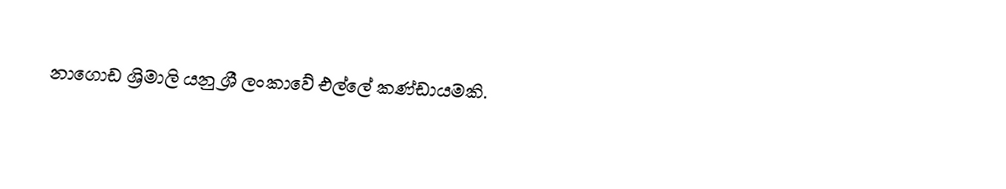
නාගොඩ ශ්‍රිමාලි යනු ශ්‍රී ලංකාවේ  එල්ලේ කණ්ඩායමකි.